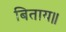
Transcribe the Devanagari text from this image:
बिताय॥